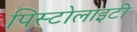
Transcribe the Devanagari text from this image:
पिस्टोलाइटी